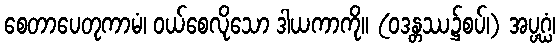
စေတာပေတုကာမံ၊ ဝယ်စေလိုသော ဒါယကာကို။ (ဝဒန္တဿ၌စပ်၊) အပ္ပဂ္ဃံ၊